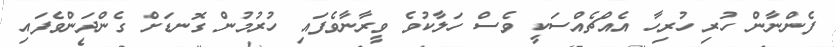
ފެންނާން ހުރި ހުރިހާ އެއްޗެއްސަކީ ވެސް ހަލާކުވެ ވީރާނާވެފައި ހުރުމުން ގޮނޑަށް ގެންދަންވެފައި